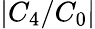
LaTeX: |C_{4}/C_{0}|